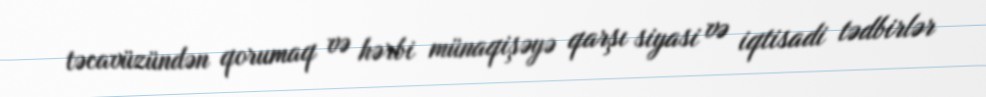
təcavüzündən qorumaq və hərbi münaqişəyə qarşı siyasi və iqtisadi tədbirlər